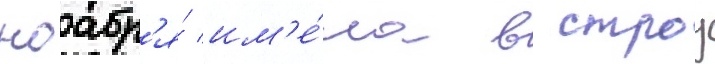
ноабр'я́ им'е́ла в строу